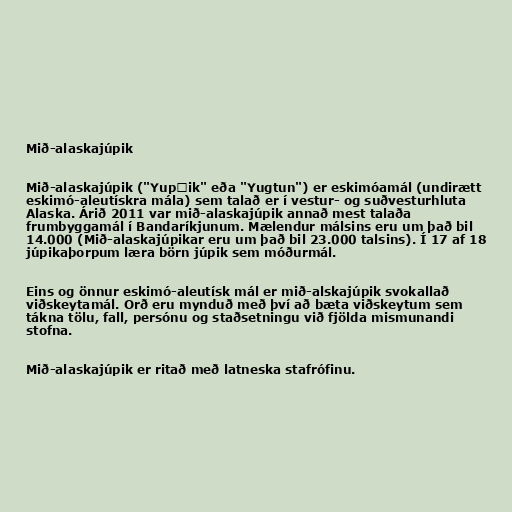
Mið-alaskajúpik

Mið-alaskajúpik ("Yupʼik" eða "Yugtun") er eskimóamál (undirætt
eskimó-aleutískra mála) sem talað er í vestur- og suðvesturhluta
Alaska. Árið 2011 var mið-alaskajúpik annað mest talaða
frumbyggamál í Bandaríkjunum. Mælendur málsins eru um það bil
14.000 (Mið-alaskajúpikar eru um það bil 23.000 talsins). Í 17 af 18
júpikaþorpum læra börn júpik sem móðurmál.

Eins og önnur eskimó-aleutísk mál er mið-alskajúpik svokallað
viðskeytamál. Orð eru mynduð með því að bæta viðskeytum sem
tákna tölu, fall, persónu og staðsetningu við fjölda mismunandi
stofna.

Mið-alaskajúpik er ritað með latneska stafrófinu.